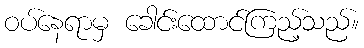
ဝပ်နေရာမှ ခေါင်းထောင်ကြည့်သည်။